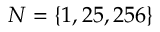
N = \{ 1 , 2 5 , 2 5 6 \}